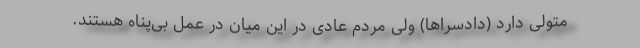
متولی دارد (دادسراها) ولی مردم عادی در این میان در عمل بی‌پناه هستند.